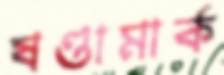
ষণ্ডামার্ক